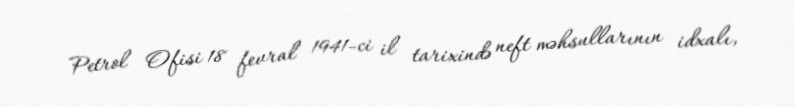
Petrol Ofisi 18 fevral 1941-ci il tarixində neft məhsullarının idxalı,